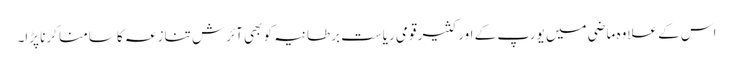
اس کے علاوہ ماضی میں یورپ کے اور کثیر قومی ریاست برطانیہ کو بھی آئرش تنازعہ کا سامنا کرنا پڑا۔